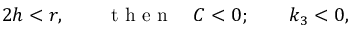
\begin{array} { r } { 2 h < r , \qquad \mathrm { ~ t ~ h ~ e ~ n ~ } \quad C < 0 ; \qquad k _ { 3 } < 0 , } \end{array}